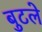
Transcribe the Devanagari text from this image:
बुटले